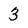
Character: 3